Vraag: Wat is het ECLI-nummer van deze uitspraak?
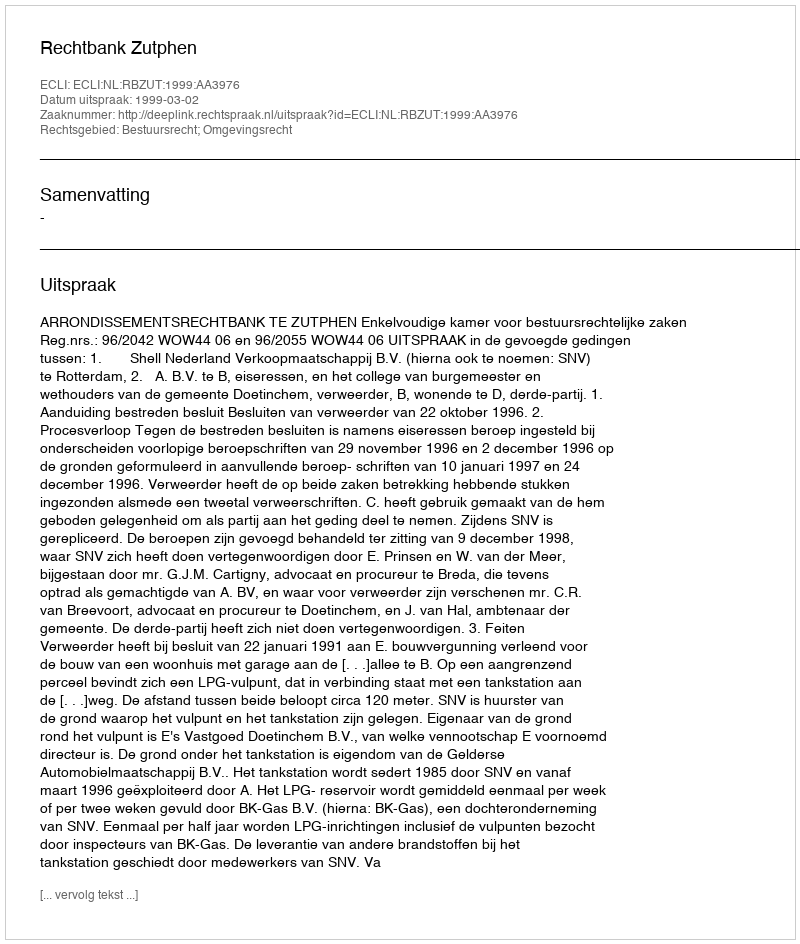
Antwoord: ECLI:NL:RBZUT:1999:AA3976